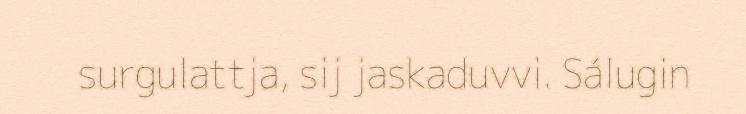
surgulattja, sij jaskaduvvi. Sálugin